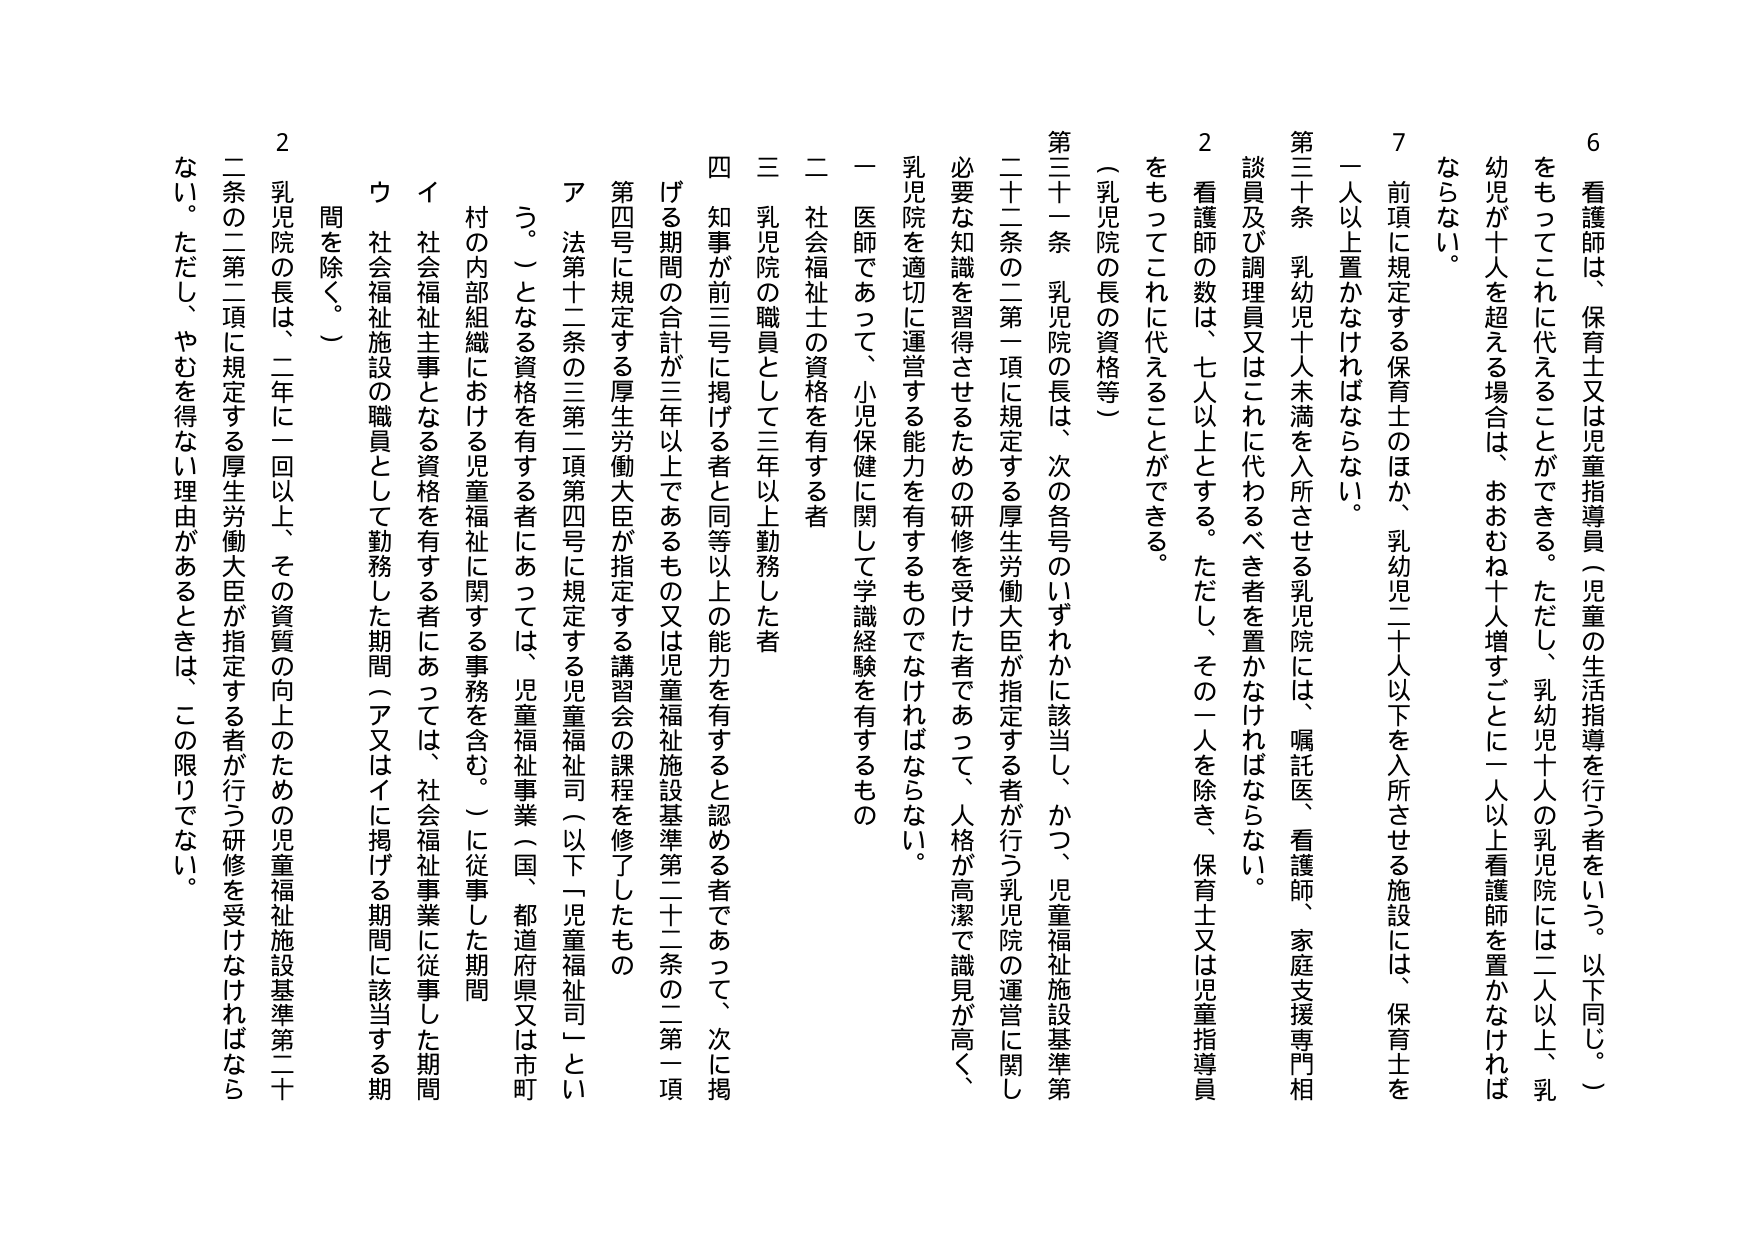
6 看護師は、保育士又は児童指導員（児童の生活指導を行う者をいう。以下同じ。）をもってこれに代えることができる。ただし、乳幼児十人の乳児院には二人以上、乳幼児が十人を超える場合は、おおむね十人増すごとに一人以上看護師を置かなければならない。

7 前項に規定する保育士のほか、乳幼児二十人以下を入所させる施設には、保育士を一人以上置かなければならない。

第三十条 乳幼児十人未満を入所させる乳児院には、嘱託医、看護師、家庭支援専門相談員及び調理員又はこれに代わるべき者を置かなければならない。

2 看護師の数は、七人以上とする。ただし、その一人を除き、保育士又は児童指導員をもってこれに代えることができる。

（乳児院の長の資格等）

第三十一条 乳児院の長は、次の各号のいずれかに該当し、かつ、児童福祉施設基準第二十二条の二第一項に規定する厚生労働大臣が指定する者が行う乳児院の運営に関し必要な知識を習得させるための研修を受けた者であって、人格が高潔で識見が高く、乳児院を適切に運営する能力を有するものでなければならない。

一 医師であって、小児保健に関して学識経験を有するもの

二 社会福祉士の資格を有する者

三 乳児院の職員として三年以上勤務した者

四 知事が前三号に掲げる者と同等以上の能力を有すると認める者であって、次に掲げる期間の合計が三年以上であるもの又は児童福祉施設基準第二十二条の二第一項第四号に規定する厚生労働大臣が指定する講習会の課程を修了したもの

ア 法第十二条の三第二項第四号に規定する児童福祉司（以下「児童福祉司」という。）となる資格を有する者については、児童福祉事業（国、都道府県又は市町村の内部組織における児童福祉に関する事務を含む。）に従事した期間

イ 社会福祉主事となる資格を有する者については、社会福祉事業に従事した期間

ウ 社会福祉施設の職員として勤務した期間（ア又はイに掲げる期間に該当する期間を除く。）

2 乳児院の長は、二年に一回以上、その資質の向上のための児童福祉施設基準第二十二条の二第二項に規定する厚生労働大臣が指定する者が行う研修を受けなければならない。ただし、やむを得ない理由があるときは、この限りでない。